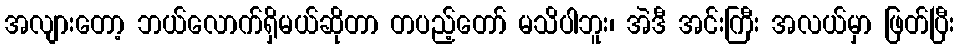
အလျားတော့ ဘယ်လောက်ရှိမယ်ဆိုတာ တပည့်တော် မသိပါဘူး၊ အဲဒီ အင်းကြီး အလယ်မှာ ဖြတ်ပြီး